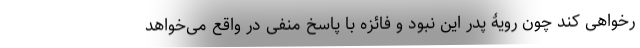
رخواهی کند چون رویۀ پدر این نبود و فائزه با پاسخ منفی در واقع می‌خواهد